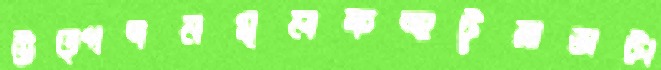
উত্পদনমূলকহুটুরাভাটা